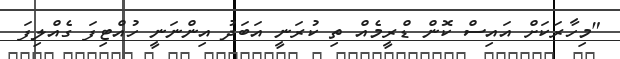
"މިހާރަކަށް އައިސް ކޮން ޑްރީމެއް ތި ކުރަނީ އަބަދު އިންނަނީ ހުއްޓިފަ ގެއްލިފަ